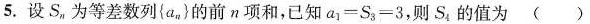
5.设S_{n}为等差数列{a_{n} }的前n项和，已知$$a _ { 1 } = S _ { 3 } = 3$$，则S_{4}的值为()